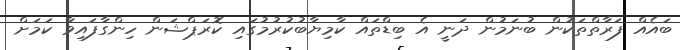
ބައެއް ފަރާތްތަކުން ބުނަމުން ދަނީ އެ ބިޑްތައް ކާމިޔާބުކުރުމުގައި ކޮރަޕްޝަން ހިންގާފައިވާ ކަމަށް